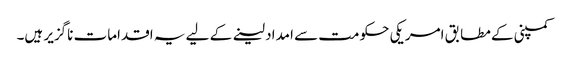
کمپنی کے مطابق امریکی حکومت سے امداد لینے کے لیے یہ اقدامات ناگزیر ہیں۔